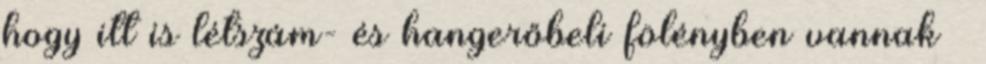
hogy itt is létszám- és hangerőbeli fölényben vannak –